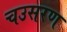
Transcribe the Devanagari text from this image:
चउसरण